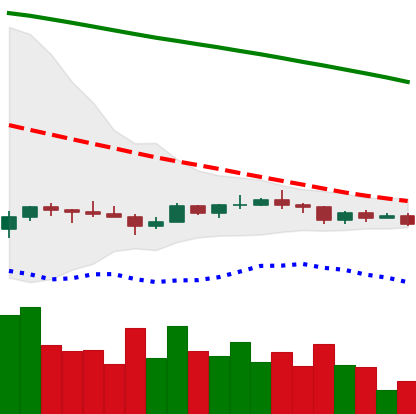
Ticker: ADA-USD
Chart end date: 2022-12-11
Forward return: -14.182%
Label: down_7plus